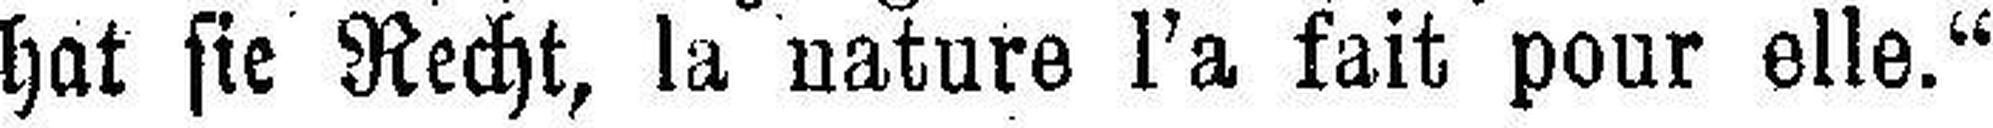
hat sie Recht, la nature l'a fait pour elle.“